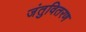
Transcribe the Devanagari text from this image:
जंतुवितरण